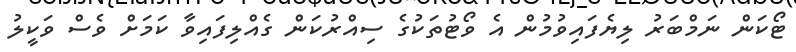
ޓޯކަން ނަމްބަރު ލިޔެފައިވުމުން އެ ވޯޓުތަކުގެ ސިއްރުކަން ގެއްލިފައިވާ ކަމަށް ވެސް ވަކީލު